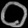
Digit: ၀